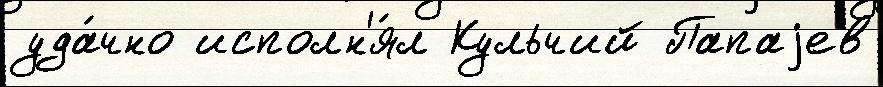
уда́чно исполн'я́л Кульчий Папаjев